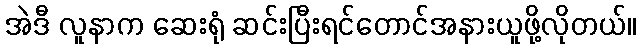
အဲဒီ လူနာက ဆေးရုံ ဆင်းပြီးရင်တောင်အနားယူဖို့လိုတယ်။